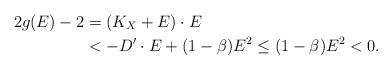
LaTeX: \begin{align*} 2 g(E) - 2 & = (K_X +E) \cdot E \\ & < - D' \cdot E + (1-\beta)E^2 \leq (1-\beta) E^2 < 0. \end{align*}